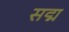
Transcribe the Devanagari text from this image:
सद्म